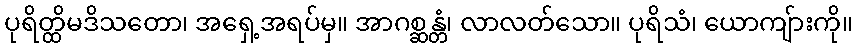
ပုရိတ္ထိမဒိသတော၊ အရှေ့အရပ်မှ။ အာဂစ္ဆန္တံ၊ လာလတ်သော။ ပုရိသံ၊ ယောကျ်ားကို။